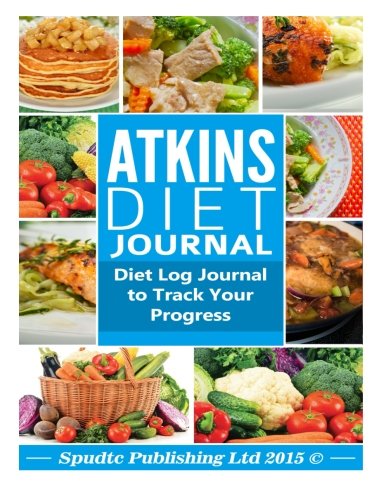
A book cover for Atkins Diet Journal: Diet Log Journal to Track Your Progress; Spudtc Publishing Ltd; Health, Fitness & Dieting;